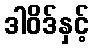
ဒါဝိဒ်နှင့်